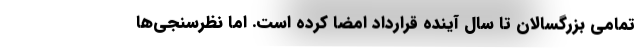
تمامی بزرگسالان تا سال آینده قرارداد امضا کرده است. اما نظرسنجی‌ها